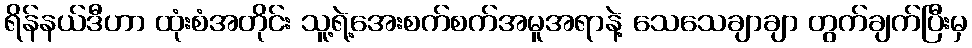
ရိန်နယ်ဒီဟာ ထုံးစံအတိုင်း သူ့ရဲ့အေးစက်စက်အမူအရာနဲ့ သေသေချာချာ တွက်ချက်ပြီးမှ